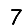
Digit: 7